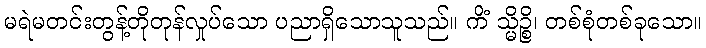
မရဲမတင်းတွန့်တိုတုန်လှုပ်သော ပညာရှိသောသူသည်။ ကိံ သ္မိဉ္စိ၊ တစ်စုံတစ်ခုသော။